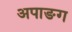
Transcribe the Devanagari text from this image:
अपाङग